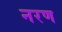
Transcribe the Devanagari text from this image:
नरण